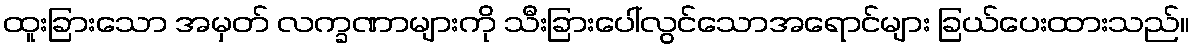
ထူးခြားသော အမှတ် လက္ခဏာများကို သီးခြားပေါ်လွင်သောအရောင်များ ခြယ်ပေးထားသည်။